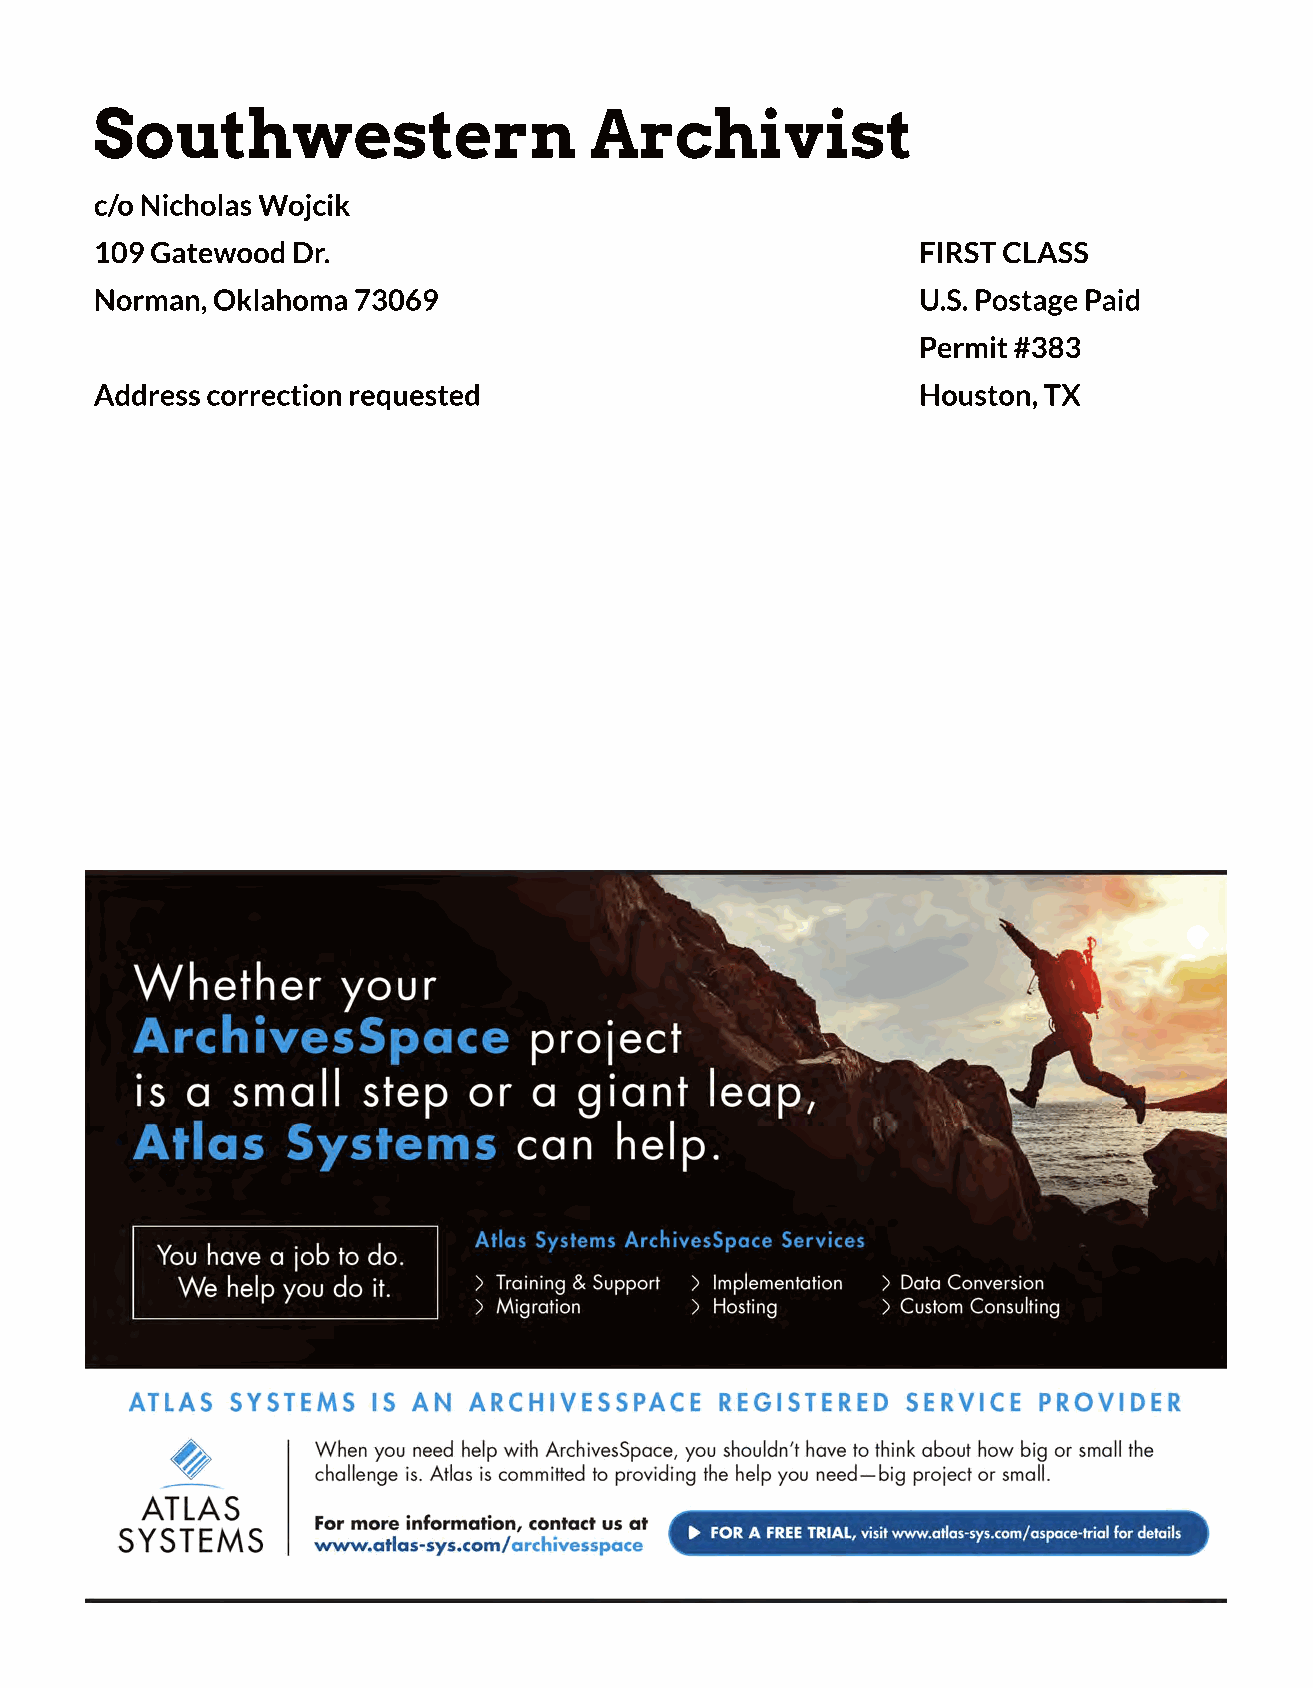
Sou      t h w   est    er   n   Ar    ch   i v  i st
 c/o Nicholas Wojcik
 109 Gatewood Dr.                                       FIRST CLASS
 Norman, Oklahoma 73069                                 U.S. Postage Paid
 Permit #383
 Address correction requested                           Houston, TX